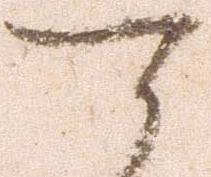
可